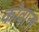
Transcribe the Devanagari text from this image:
कोवाना